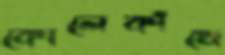
কোলেকাঁখে